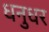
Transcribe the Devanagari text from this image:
धनुधर